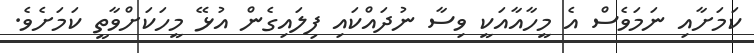
ކަމަށާއި ނަމަވެސް އެ މީހާއާއަކީ ވިސާ ނުދައްކައި ފިލައިގެން އުޅޭ މީހަކަށްވާތީ ކަމަށެވެ.